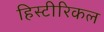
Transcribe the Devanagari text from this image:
हिस्टीरिकल